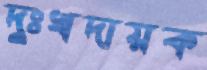
দুঃখদায়ক